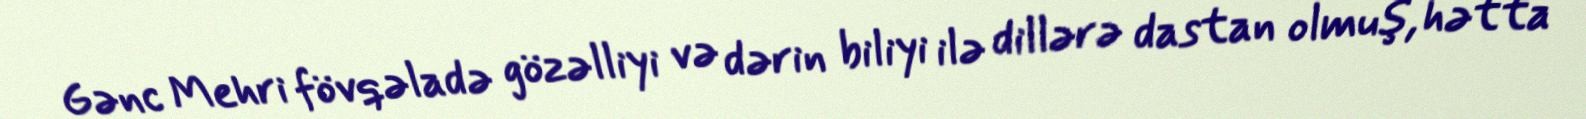
Gənc Mehri fövqəladə gözəlliyi və dərin biliyi ilə dillərə dastan olmuş, hətta